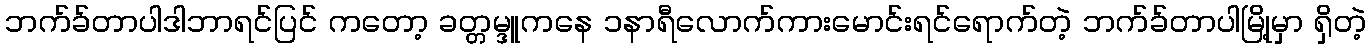
ဘက်ခ်တာပါဒါဘာရင်ပြင် ကတော့ ခတ္တမ္ဒူကနေ ၁နာရီလောက်ကားမောင်းရင်ရောက်တဲ့ ဘက်ခ်တာပါမြို့မှာ ရှိတဲ့